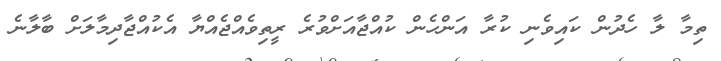
ތިމާ ލާ ހެދުން ކައިވެނި ކުރާ އަންހެން ކުއްޖާއަށްވުރެ ރީތިވެއްޖެއްޔާ އެކުއްޖާދިމާލަށް ބާލާނެ